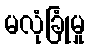
မလုံခြုံမှု